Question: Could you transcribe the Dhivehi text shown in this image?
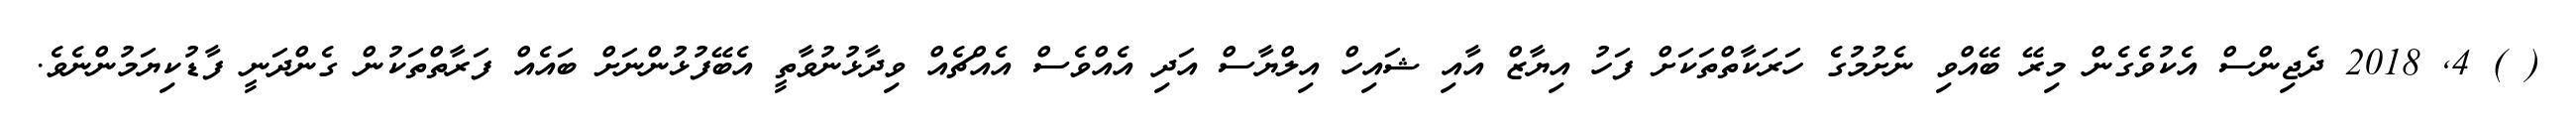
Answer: ( ) 4, 2018 ދެޖިންސް އެކުވެގެން މިރޭ ބޭއްވި ނެށުމުގެ ހަރަކާތްތަކަށް ފަހު އިޔާޒް އާއި ޝައިހް އިލްޔާސް އަދި އެއްވެސް އެއްޗެއް ވިދާޅުނުވާތީ އެބޭފުޅުންނަށް ބައެއް ފަރާތްތަކުން ގެންދަނީ ފާޑުކިޔަމުންނެވެ.